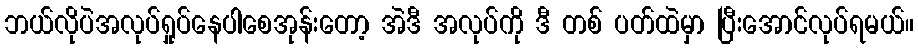
ဘယ်လိုပဲအလုပ်ရှုပ်နေပါစေအုန်းတော့ အဲဒီ အလုပ်ကို ဒီ တစ် ပတ်ထဲမှာ ပြီးအောင်လုပ်ရမယ်။